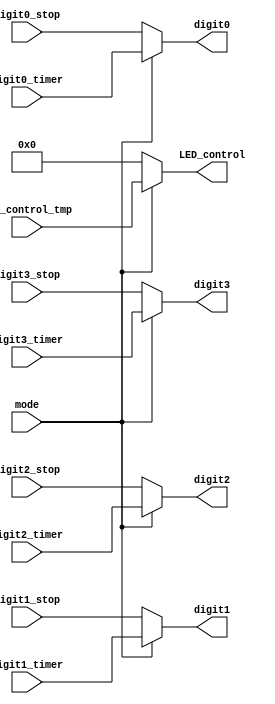
`timescale 1ns / 1ps

module MUX(
    LED_control,
    digit0,
    digit1,
    digit2,
    digit3,
    mode,
    digit0_timer,
    digit1_timer,
    digit2_timer,
    digit3_timer,
    digit0_stop,
    digit1_stop,
    digit2_stop,
    digit3_stop,
    LED_control_tmp  
);
output [15:0] LED_control;
output [3:0] digit0, digit1, digit2, digit3;
input mode;
input [3:0] digit0_stop, digit1_stop, digit2_stop, digit3_stop;
input [3:0] digit0_timer, digit1_timer, digit2_timer, digit3_timer;
input [15:0] LED_control_tmp;
reg [15:0] LED_control;
reg [3:0] digit0, digit1, digit2, digit3;

always @*
    if (mode == 1'b0) begin   //stop_watch mode
        digit0 = digit0_stop;
        digit1 = digit1_stop;
        digit2 = digit2_stop;
        digit3 = digit3_stop;
        LED_control = 15'd0;
    end
    else begin  //timer mode
        digit0 = digit0_timer;
        digit1 = digit1_timer;
        digit2 = digit2_timer;
        digit3 = digit3_timer;
        LED_control = LED_control_tmp;
    end

endmodule